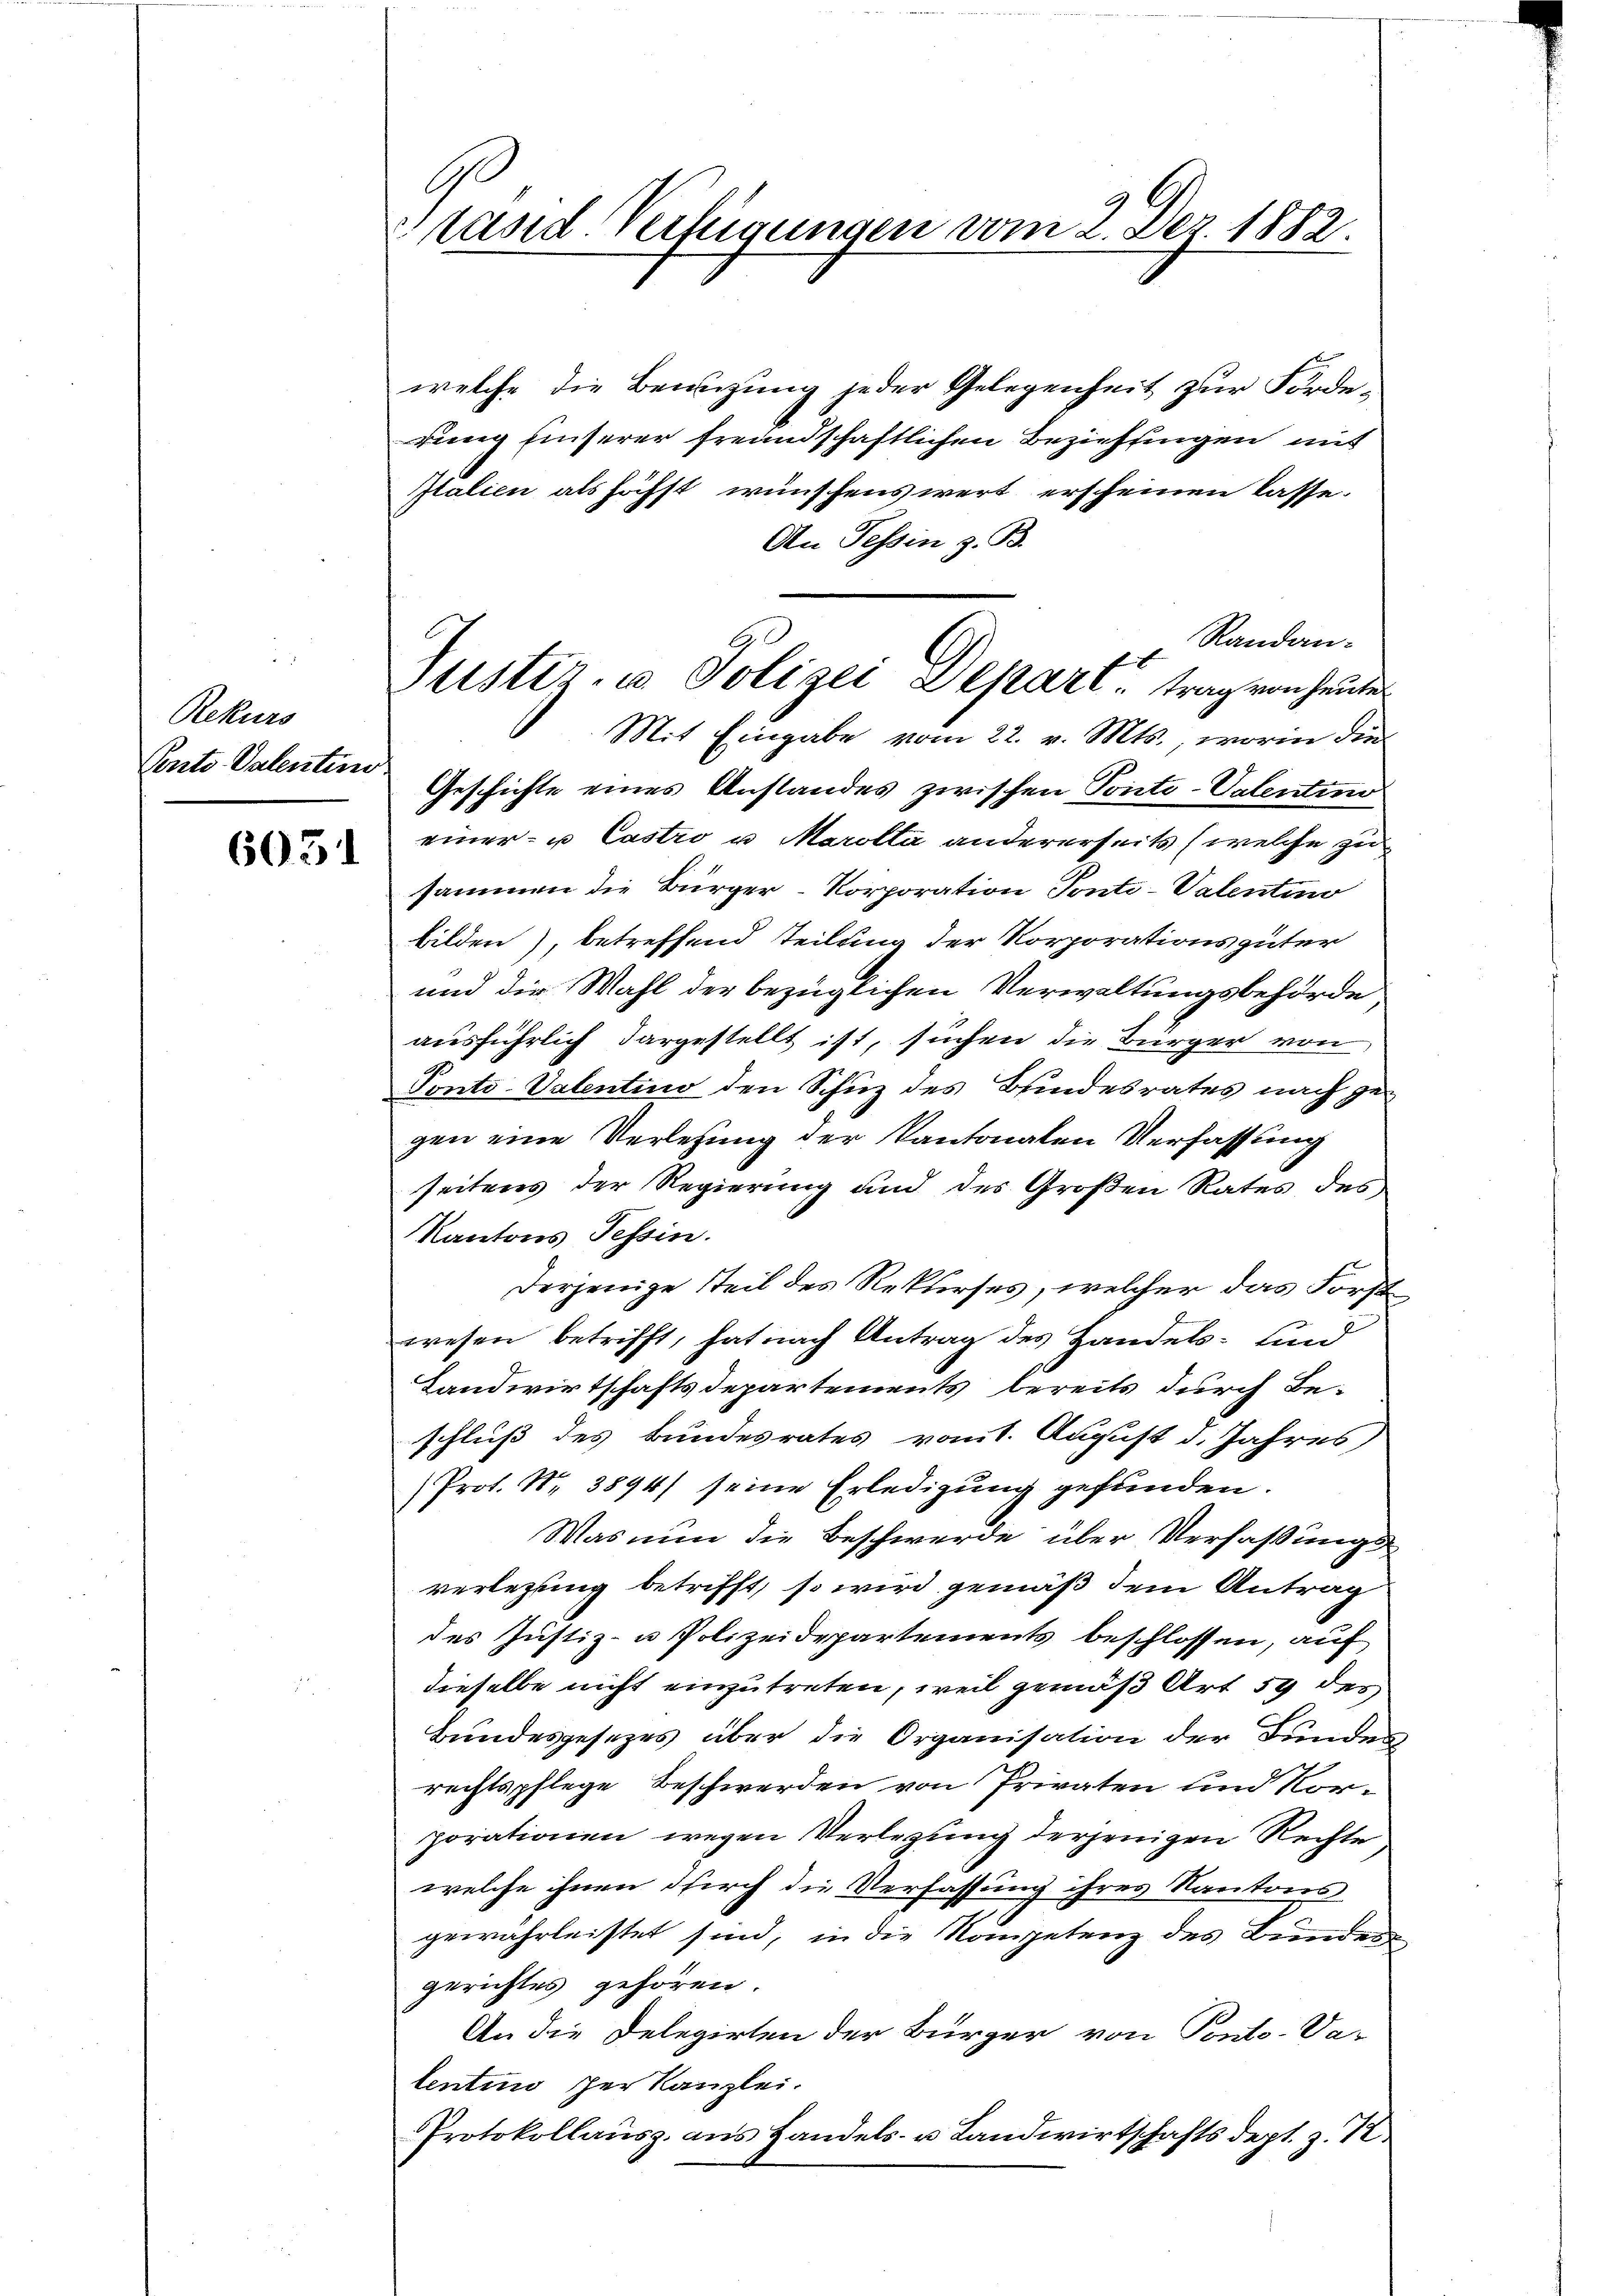
Rekurs
Pento. Valentin

6031

welche die Benuzung jeder Gelegenheit zur Forde-
rung unserer freundschaftlichen Beziehungen mit
Italien als höchst wünschenswert erscheinen lasse.
An Tessin z. B.
Randaneiner- u Castro u Marolta andererseits (welche zu
sammen die Bürger-Korporation Ponti-Valentino
bilden), betreffend Teilung der Korporationsgüter
und die Wahl der bezüglichen Verwaltungsbehörde
ausführlich dargestellt ist, suchen die Bürger von
Ponto-Valentino den Schuz des Bundesrates nach gegen eine Verlesung der Kantonalen Verfassung
seitens der Regierung und des Großen Rates des
Kantons Tessin.
Derjenige Steil des Rekurses, welcher das Forst
wesen betrifft, hat nach Antrag des Handels- und
Landwirtschaftsdepartements bereits durch Be-
schluß des Bundesrates vom 1. August d. Jahres,
(Prot. Nr. 3894/ seine Erledigung gefunden.
Was nun die Beschwerde über Verfaßungsverlegung betrifft, so wird gemäß dem Antrag
des Justiz- u Polizeidepartements beschlossen, auf
dieselbe nicht einzutreten, weil gemäß Art 59 des
Bundesgesezes über die Organisation der Bundes
rechtspflege Beschwerden von Privaten und Nor-
porationen wegen Verlegung derjenigen Rechte
welche ihnen durch die Verfassung ihres Kantons
gewährleistet sind, in die Kompetenz des Bunden
gerichtes gehören.
An die Delegirten der Bürger von Ponto- Va-
lentino per Kanzlei.
Protokollausz. aus Handels- u Landwirtschaftsdept. z. 1

G
Stand Vertigungen vom 2. Dez. 1882.

l
Justiz- u. Polizei Depart - trag von heute
Mit Eingabe vom 22. v. Mts., worin die
Geschichte eines Anstandes zwischen Ponto-Valentino